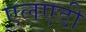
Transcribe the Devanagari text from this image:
एलएडी